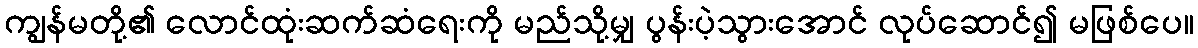
ကျွန်မတို့၏ လောင်ထုံးဆက်ဆံရေးကို မည်သို့မျှ ပွန်းပဲ့သွားအောင် လုပ်ဆောင်၍ မဖြစ်ပေ။